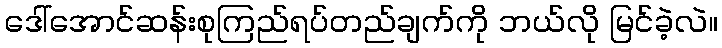
ဒေါ်အောင်ဆန်းစုကြည်ရပ်တည်ချက်ကို ဘယ်လို မြင်ခဲ့လဲ။